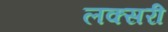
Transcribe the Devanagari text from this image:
लक्सरी